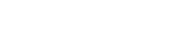
٧